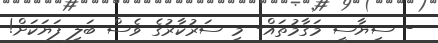
- ސިޔާސީ މަގާމުތައް- މި ސަރުކާރުގެ ވެސް ބަލި ފަޔަކަށް!